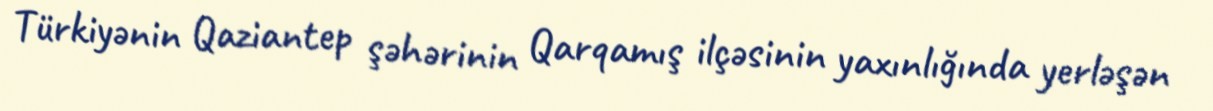
Türkiyənin Qaziantep şəhərinin Qarqamış ilçəsinin yaxınlığında yerləşən